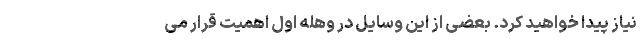
نیاز پیدا خواهید کرد. بعضی از این وسایل در وهله اول اهمیت قرار می